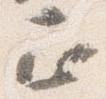
正